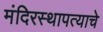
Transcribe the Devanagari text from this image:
मंदिरस्थापत्याचे